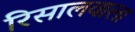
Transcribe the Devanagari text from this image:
रिसालवाला